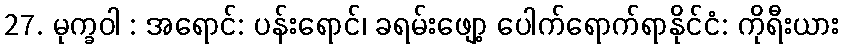
27. မုက္ခဝါ : အရောင်: ပန်းရောင်၊ ခရမ်းဖျော့ ပေါက်ရောက်ရာနိုင်ငံ: ကိုရီးယား